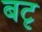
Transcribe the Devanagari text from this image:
बटृ